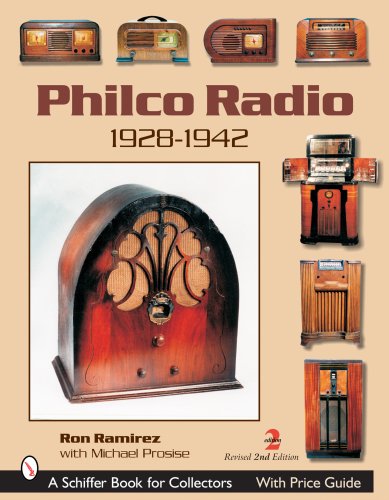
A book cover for Philco Radio 1928-1942: A Pictoral History Of The World's Most Popular Radios; Ron Ramirez; Crafts, Hobbies & Home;